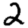
Digit: 2